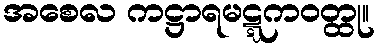
အစေလ ကဋ္ဌာရမဋ္ဋကဝတ္ထု။